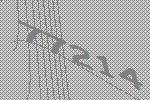
77214